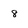
Character: 8